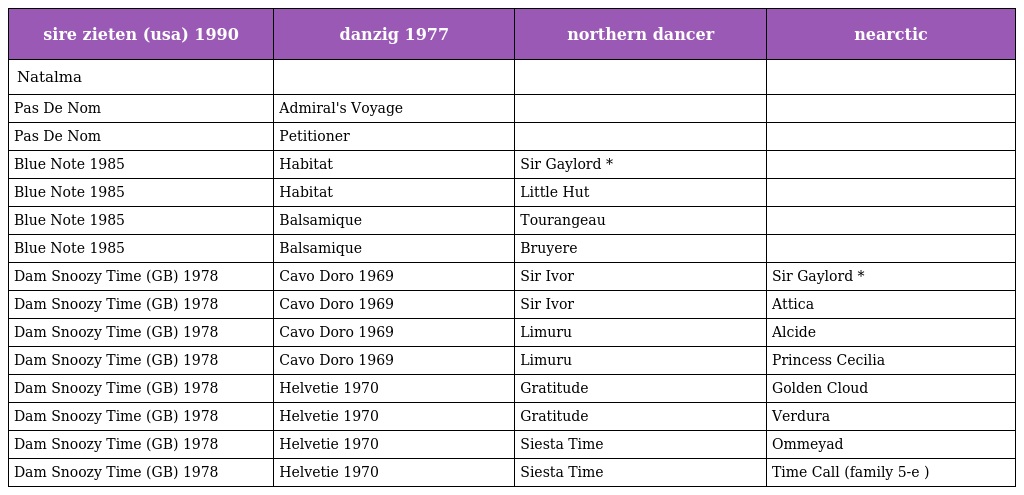
| sire zieten (usa) 1990 | danzig 1977 | northern dancer | nearctic |
 | --- | --- | --- | --- |
 | Natalma |  |  |  |
 | Pas De Nom | Admiral's Voyage |  |  |
 | Pas De Nom | Petitioner |  |  |
 | Blue Note 1985 | Habitat | Sir Gaylord * |  |
 | Blue Note 1985 | Habitat | Little Hut |  |
 | Blue Note 1985 | Balsamique | Tourangeau |  |
 | Blue Note 1985 | Balsamique | Bruyere |  |
 | Dam Snoozy Time (GB) 1978 | Cavo Doro 1969 | Sir Ivor | Sir Gaylord * |
 | Dam Snoozy Time (GB) 1978 | Cavo Doro 1969 | Sir Ivor | Attica |
 | Dam Snoozy Time (GB) 1978 | Cavo Doro 1969 | Limuru | Alcide |
 | Dam Snoozy Time (GB) 1978 | Cavo Doro 1969 | Limuru | Princess Cecilia |
 | Dam Snoozy Time (GB) 1978 | Helvetie 1970 | Gratitude | Golden Cloud |
 | Dam Snoozy Time (GB) 1978 | Helvetie 1970 | Gratitude | Verdura |
 | Dam Snoozy Time (GB) 1978 | Helvetie 1970 | Siesta Time | Ommeyad |
 | Dam Snoozy Time (GB) 1978 | Helvetie 1970 | Siesta Time | Time Call (family 5-e ) |